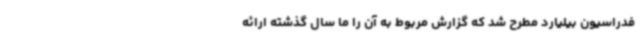
فدراسیون بیلیارد مطرح شد که گزارش مربوط به آن را ما سال گذشته ارائه